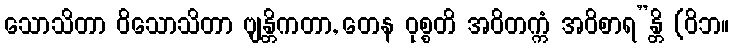
သောသိတာ ဝိသောသိတာ ဗျန္တိကတာ, တေန ဝုစ္စတိ အဝိတက္ကံ အဝိစာရ”န္တိ (ဝိဘ။